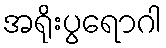
အရိုးပွရောဂါ